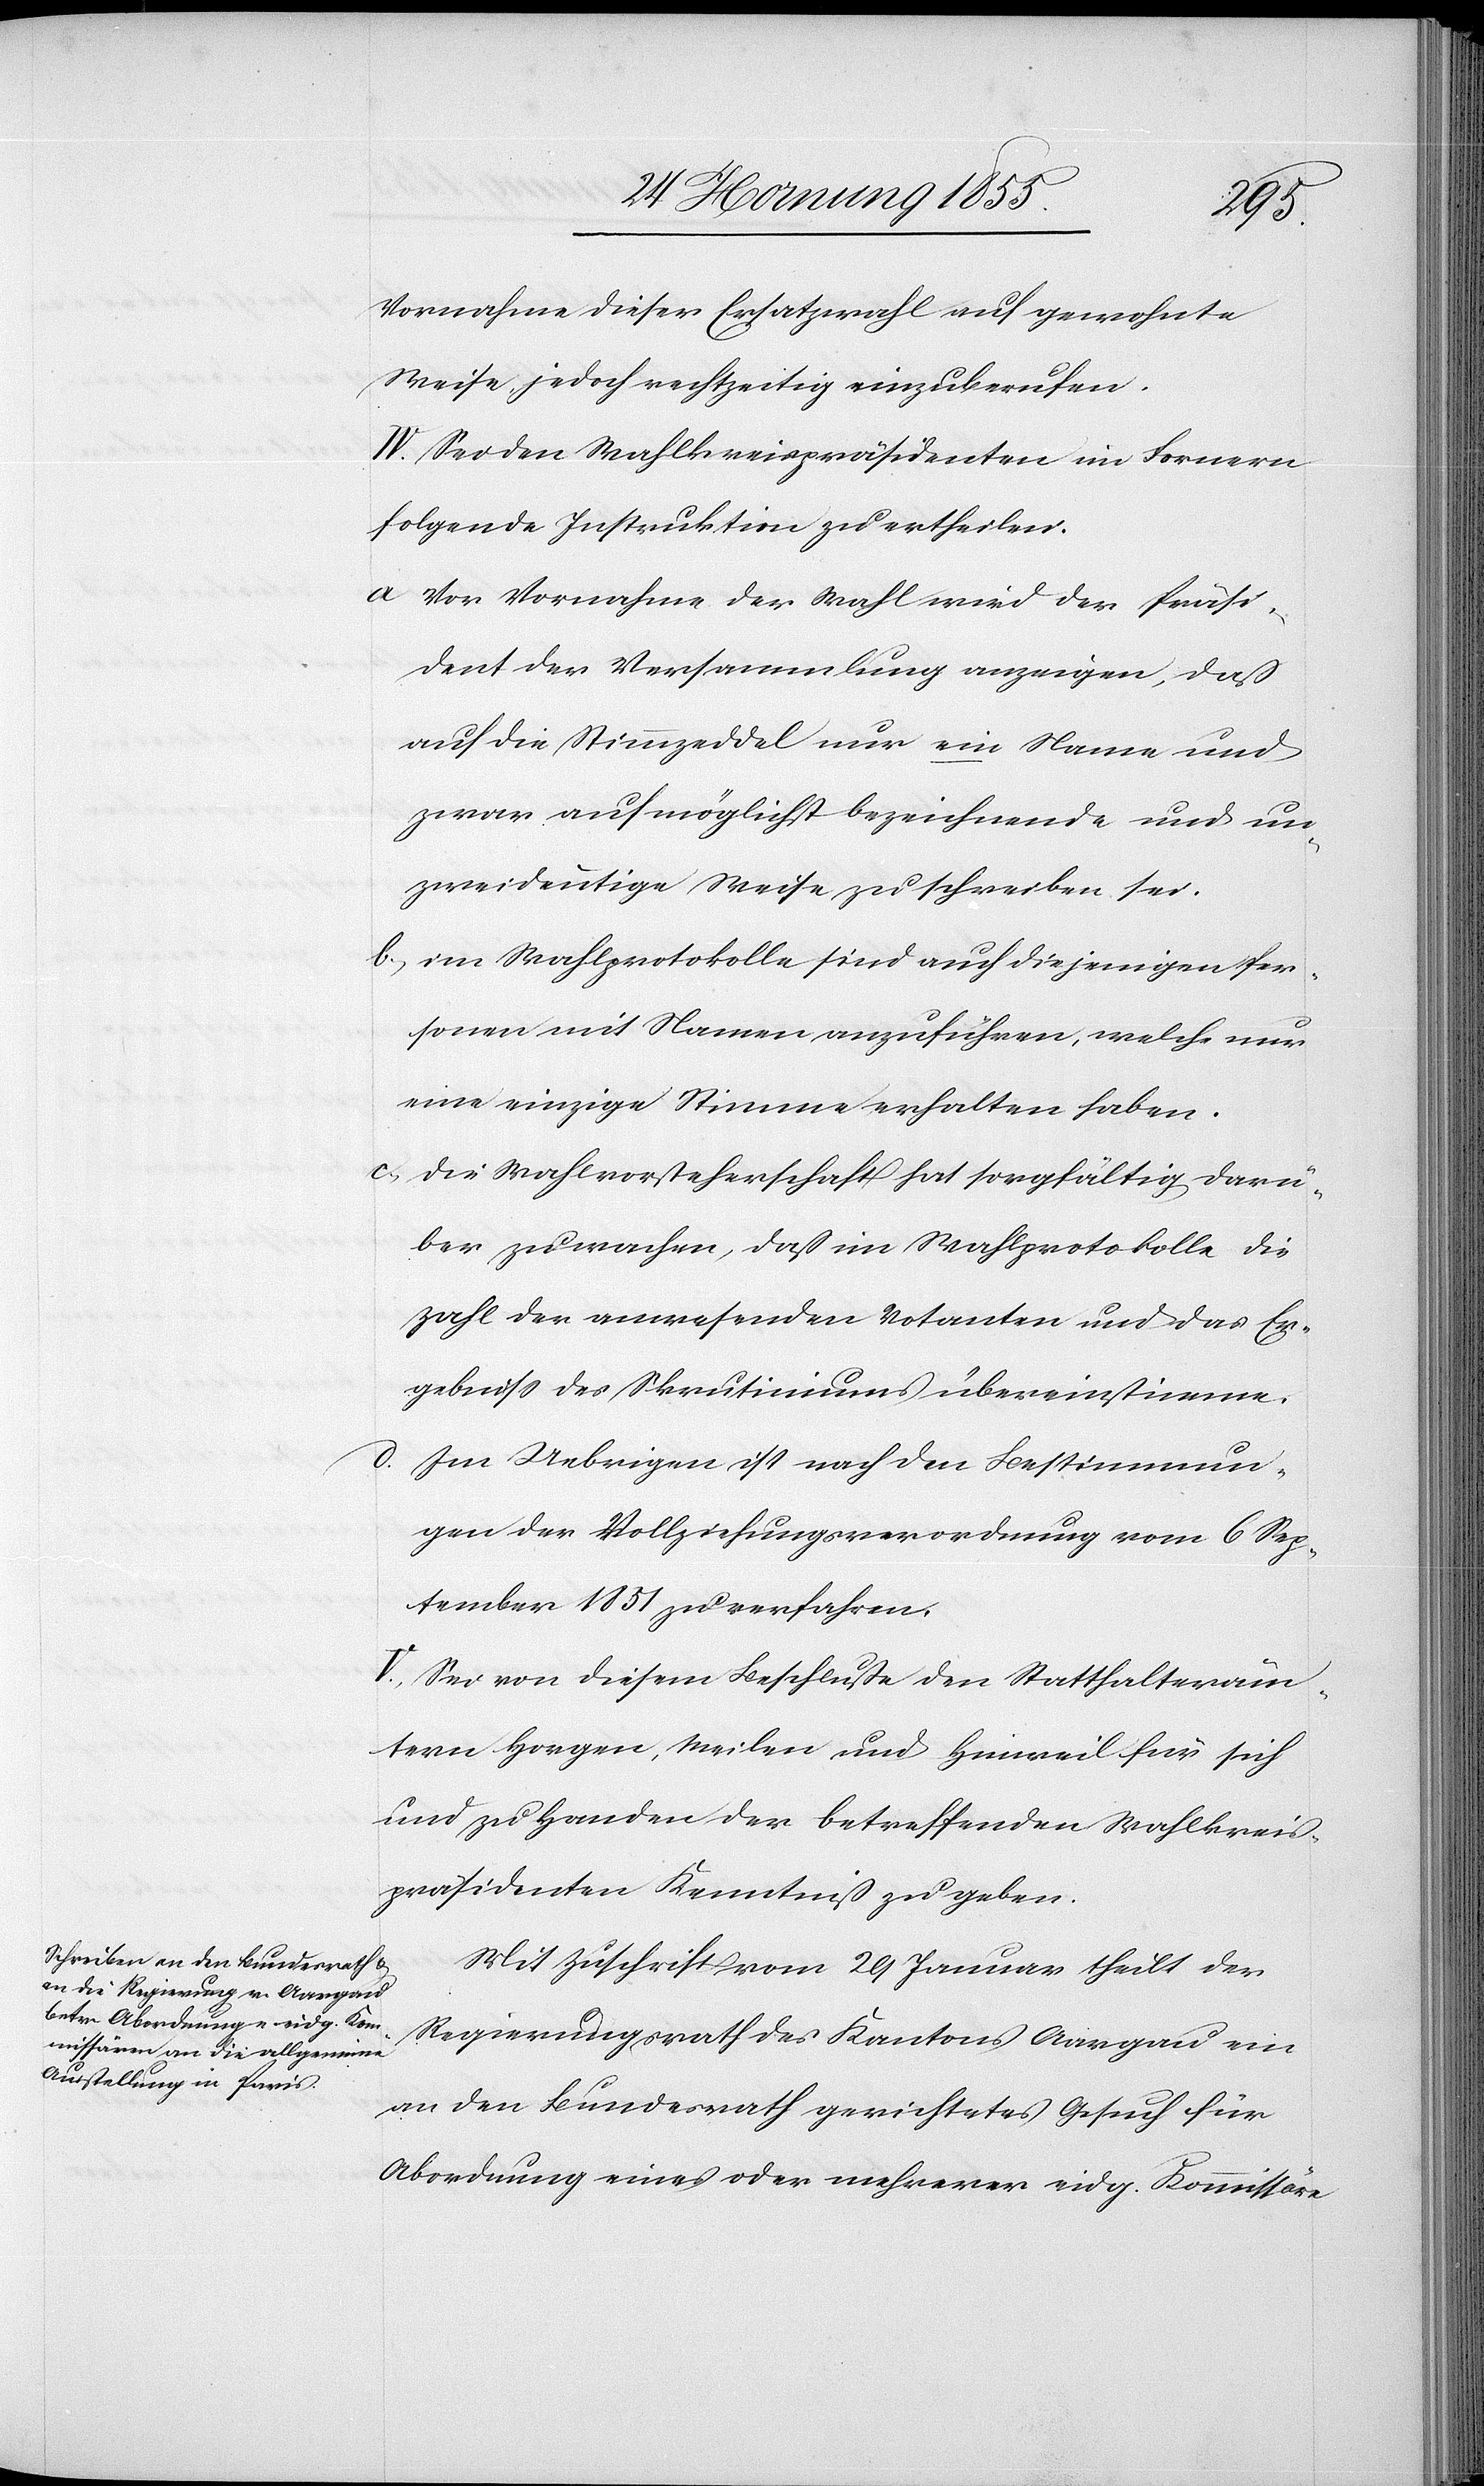
Vornahme dieser Ersatzwahl auf gewohnte
Weise jedoch rechtzeitig einzuberufen.
IV. Sei den Wahlkreispräsidenten im Fernern
folgende Instruktion zu ertheilen:
Vor Vornahme der Wahl wird der Präsi¬
dent der Versammlung anzeigen, daß
auf die Stimmzeddel nur ein Name und
zwar auf möglichst bezeichnende und un¬
zweideutige Weise zu schreiben sei.
im Wahlprotokolle sind auch diejenigen Per¬
sonen mit Namen anzuführen, welche nur
eine einzige Stimme erhalten haben.
Die Wahlvorsteherschaft hat sorgfältig darü¬
ber zu wachen, daß im Wahlprotokolle die
Zahl der anwesenden Votanten und das Er¬
gebniss des Skrutiniums übereinstimme.
Im Uebrigen ist nach den Bestimmun¬
gen der Vollziehungsverordnung vom 6 Sep¬
tenmber 1851 zu verfahren.
V, Sei von diesem Beschluße den Statthalteräm¬
tern Horgen, Meilen und Hinweil für sich
und zu Handen der betreffenden Wahlkreis¬
präsidenten Kenntniß zu geben.
Mit Zuschrift vom 29 Januar theilt der
Regierungsrath des Kantons Aargau ein
an den Bundesrath gerichtetes Gesuch für
Abordnung eines oder mehrerer eidg. Kommissäre